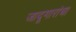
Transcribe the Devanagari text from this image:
जादूगारांचा